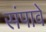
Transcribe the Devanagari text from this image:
संपावे